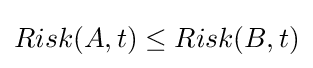
Risk(A,t)\leq Risk(B,t)